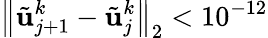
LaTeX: {\left\| \tilde{\mathbf{u}}_{j+1}^{k}-\tilde{\mathbf{u}}_{j}^{k}\right\| }_{2}<10^{-12}